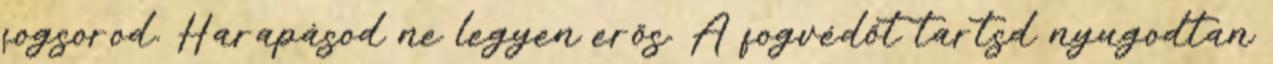
fogsorod. Harapásod ne legyen erős. A fogvédőt tartsd nyugodtan